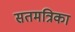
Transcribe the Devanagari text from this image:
सतमत्रिका